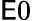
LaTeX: \mathsf{E}0